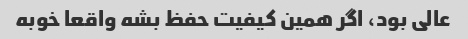
عالی بود، اگر همین کیفیت حفظ بشه واقعا خوبه